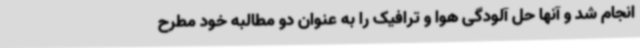
انجام شد و آنها حل آلودگی هوا و ترافیک را به عنوان دو مطالبه خود مطرح